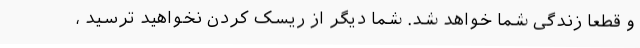
و قطعاً زندگی شما خواهد شد. شما دیگر از ریسک کردن نخواهید ترسید ،